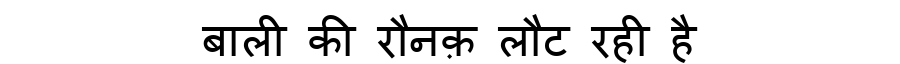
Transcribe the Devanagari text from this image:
बाली की रौनक़ लौट रही है